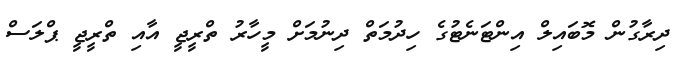
ދިރާގުން މޮބައިލް އިންޓަނެޓުގެ ހިދުމަތް ދިނުމަށް މީހާރު ތްރީޖީ އާއި ތްރީޖީ ޕްލަސް